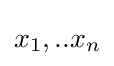
x_{1},..x_{n}